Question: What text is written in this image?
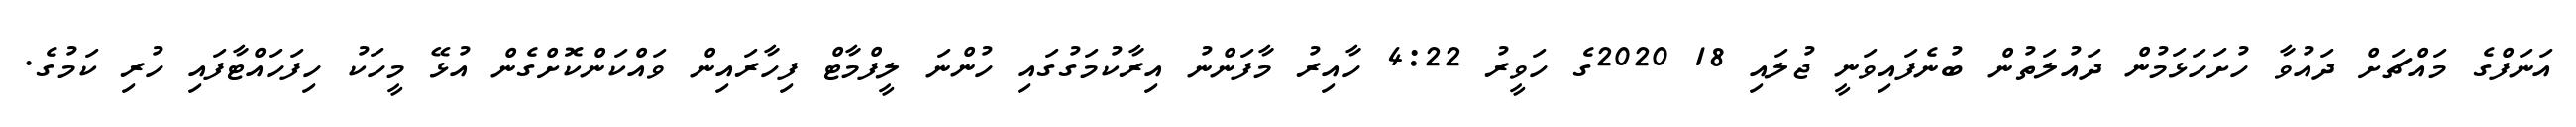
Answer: އަނަފްގެ މައްޗަށް ދައުވާ ހުށަހަޅަމުން ދައުލަތުން ބުނެފައިވަނީ ޖުލައި 18 2020ގެ ހަވީރު 4:22 ހާއިރު މާފަންނު އިރާކުމަގުގައި ހުންނަ ލީފްމާޓް ފިހާރައިން ވައްކަންކޮށްގެން އުޅޭ މީހަކު ހިފަހައްޓާފައި ހުރި ކަމުގެ.